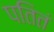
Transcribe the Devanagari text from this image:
पतितं